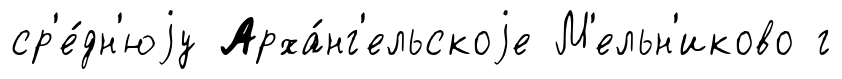
ср'е́дн'юjу Арха́нг'ельскоjе М'ельн'иково г